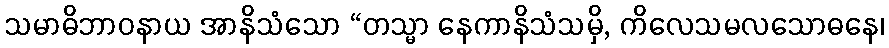
သမာဓိဘာဝနာယ အာနိသံသော “တသ္မာ နေကာနိသံသမှိ, ကိလေသမလသောဓနေ၊